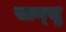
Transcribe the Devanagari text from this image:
सान्खु